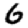
Digit: 6